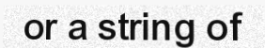
or a string of